Report on vaccination in Madras 1922-1929 - 1922-1929
Year: 1922
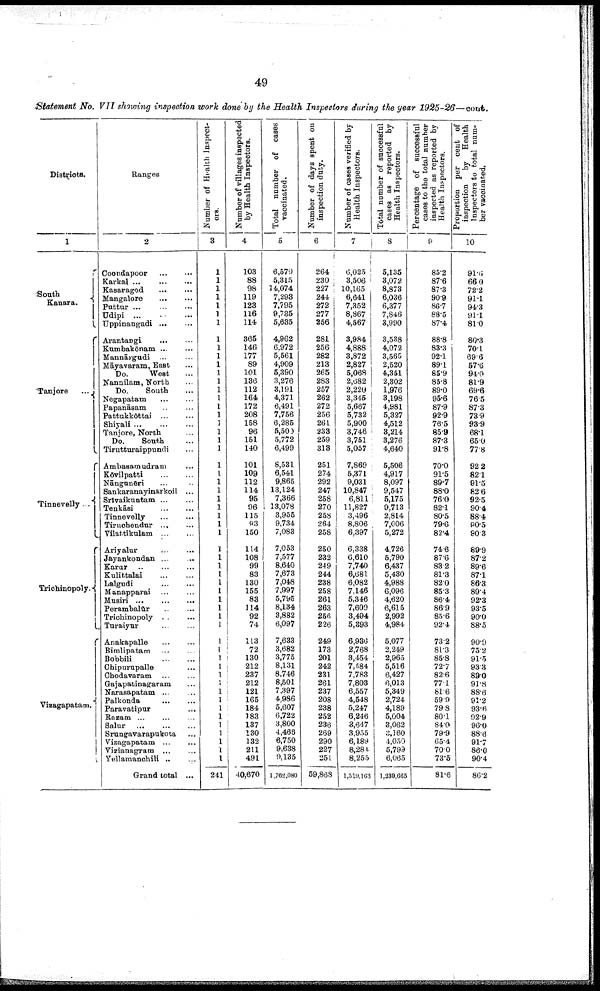
49
Statement No. VII showing inspection work done by the Health Inspectors during the year 1925-26—cout.
Districts.
1
South
Kanara.
Tanjore
...
Tinnevelly
...
Trichinopoly.
Vizagapatam.
Ranges
2
Coondapoor
...
...
Karkal
...
...
...
Kasaragod
...
...
Mangalore
...
...
Puttur
...
...
...
Udipi
...
...
...
Uppinangadi
...
...
Arantangi
...
...
Kumbakōnam ... ...
Mannārgudi ... ...
Māyavaram, East ...
Do.
West ...
Nannilam, North ...
Do.
South ...
Negapatam
...
...
Papanāsam ... ...
Pattukkōttai
...
...
Shiyali
...
...
...
Tanjore, North ...
Do.
South ...
Tirutturaippundi ...
Ambasam udram ...
Kōvilpatti
...
...
Nāngunēri ... ...
Sankaranayinarkoil ...
Srīvaikuntam
...
...
Tenkāsi
...
...
Tinnevelly
...
...
Tiruchendur
...
...
Vilattikulam
...
...
Ariyalur
...
...
Jayankondan ... ...
Karur
...
...
...
Kulittalai
...
...
Lalgudi
...
...
Manapparai ... ...
Musiri
...
...
...
Perambalūr
...
...
Trichinopoly
...
...
Turaiyur ... ...
Anakapalle
...
...
Bimlipatam
...
...
Bobbili
...
...
Chipurupalle ...
Chodavaram
...
...
Gajapatinagaram ...
Narasapatam ... ...
Palkonda
...
...
Paravatipur ...
Razam ... ... ...
Salur
...
...
...
Srungavarapukota ...
Vizagapatam
...
...
Vizianagram
... ...
Yellamanchili ... ...
Grand total ...
Number of Health Inspect
ors.
3
1
1
1
1
1
1
1
1
1
1
1
1
1
1
1
1
1
1
1
1
1
1
1
1
1
1
1
1
1
1
1
1
1
1
1
1
1
1
1
1
1
1
1
1
1
1
1
1
1
1
1
1
1
1
1
241
Number of villages inspected
by Health Inspectors.
4
103
88
98
119
123
116
114
365
146
177
89
101
136
112
164
172
208
158
96
161
140
101
109
112
114
95
96
115
93
150
114
108
99
83
130
155
83
114
92
74
113
72
130
212
237
212
121
165
184
183
137
130
132
211
491
40,670
Total number of cases
vaccinated.
5
6,579
5,315
14,074
7,293
7,795
9,735
5,635
4,962
6,972
5,561
4,909
5,390
3,276
3,191
4,371
6,491
7,756
6,285
5,500
5,772
6,499
8,531
6,541
9,865
13,124
7,366
13,078
3,955
9,734
7,083
7,053
7,577
8,640
7,673
7,048
7,997
5,795
8,134
3,882
6,097
7,633
3,682
3,775
8,131
8,746
8,501
7,397
4,986
5,607
6,722
3,800
4,466
6,750
9,638
9,135
1,762,080
Number of days spent on
inspection duty.
6
264
230
227
244
272
277
256
281
256
282
213
265
283
257
262
272
256
261
233
259
313
251
274
292
247
258
270
258
264
258
250
232
249
244
238
258
261
263
256
226
249
173
201
242
231
261
237
208
238
252
236
269
290
227
251
59,868
Number of cases verified by
Health Inspectors.
7
6,025
3,506
10,165
6,641
7,352
8,867
4,567
3,984
4,888
3,872
2,827
5,068
2,682
2,220
3,345
5,667
5,732
5,900
3,746
3,751
5,057
7,869
5,371
9,031
10,847
6,811
11,827
3,496
8,806
6,397
6,338
6,610
7,740
6,681
6,082
7,146
5,346
7,609
3,494
5,393
6,936
2,768
3,454
7,684
7,783
7,803
6,557
4,548
5,247
6,246
3,647
3,935
6,189
8,284.
8,255
1,519,163
Total number of successful
cases as reported by
Health Inspectors.
8
5,135
3,072
8,873
6,036
6,377
7,846
3,990
3,538
4,072
3,565
2,520
4,351
2,302
1,976
3,198
4,981
5,327
4,512
3,214
3,276
4,640
5,506
4,917
8,097
9,547
5,175
9,713
2,814
7,006
5,272
4,726
5,790
6,437
5,430
4,988
6,096
4,620
6,615
2,992
4,984
5,077
2,249
2,965
5,516
6,427
6,013
5,349
2,724
4,189
5,004
3,062
3,160
4,050
5,799
6,065
1,230,665
Percentage of successful
cases to the total number
inspected as reported by
Health Inspectors.
9
85.2
87.6
87.3
90.9
86.7
88.5
87.4
88.8
83.3
92.1
89.1
85.9
85.8
89.0
95.6
87.9
92.9
76.5
85.9
87.3
91.8
70.0
91.5
89.7
88.0
76.0
82.1
80.5
79.6
82.4
74.6
87.6
83.2
81.3
82.0
85.3
86.4
86.9
85.6
92.4
73.2
81.3
85.8
72.7
82.6
77.1
81.6
59.9
79.8
80.1
84.0
79.9
65.4
70.0
73.5
81.6
Proportion per cent of
inspection
by Health
Inspectors to total num
ber vaccinated.
10
91.6
66.0
72.2
91.1
94.3
91.1
81.0
80.3
70.1
69.6
57.6
94.0
81.9
69.6
76.5
87.3
73.9
93.9
68.1
65.0
77.8
92.2
82.1
91.5
82.6
92.5
90.4
88.4
90.5
90.3
89.9
87.2
89.6
87.1
86.3
89.4
92.3
93.5
90.0
88.5
90.9
75.2
91.5
93.3
89.0
91.8
88.6
91.2
93.6
92.9
96.0
88.6
91.7
86.0
90.4
86.2